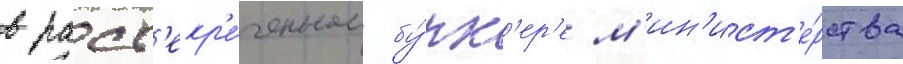
в расс'екр'е́ченном бу́нк'ер'е м'ин'ист'е́рства